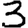
Digit: 3